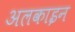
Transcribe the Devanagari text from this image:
अलकाइन